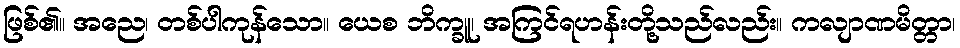
ဖြစ်၏။ အညေ၊ တစ်ပါကုန်သော။ ယေစ ဘိက္ခူ၊ အကြင်ရဟန်းတို့သည်လည်း။ ကလျာဏမိတ္တာ၊